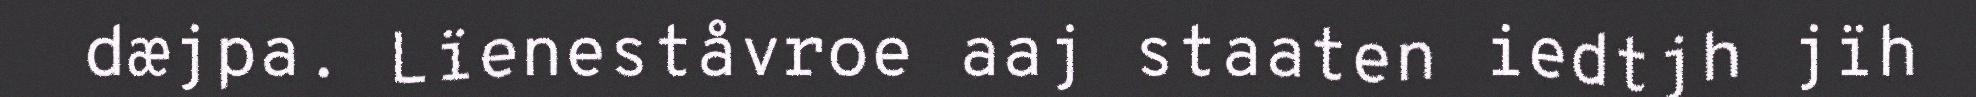
dæjpa. Lïeneståvroe aaj staaten iedtjh jïh